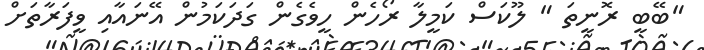
"ބޭބީ ރޮނީތަ " ލޫކަސް ކަމީލާ ރޯހެން ހީވެގެން ގަދަކަމުން އޭނައާއި ވީފަރާތަށް